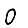
Digit: 0